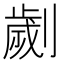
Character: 劌